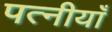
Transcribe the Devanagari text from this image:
पत्नीयाँ